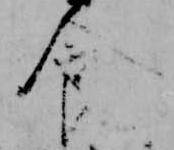
食